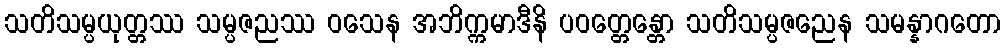
သတိသမ္ပယုတ္တဿ သမ္ပဇညဿ ဝသေန အဘိက္ကမာဒီနိ ပဝတ္တေန္တော သတိသမ္ပဇညေန သမန္နာဂတော